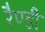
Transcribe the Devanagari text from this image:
रैण्डी